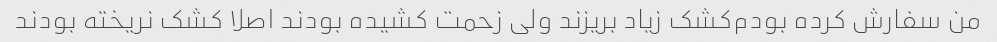
من سفارش کرده بودم‌کشک زیاد بریزند ولی زحمت کشیده بودند اصلا کشک نریخته بودند